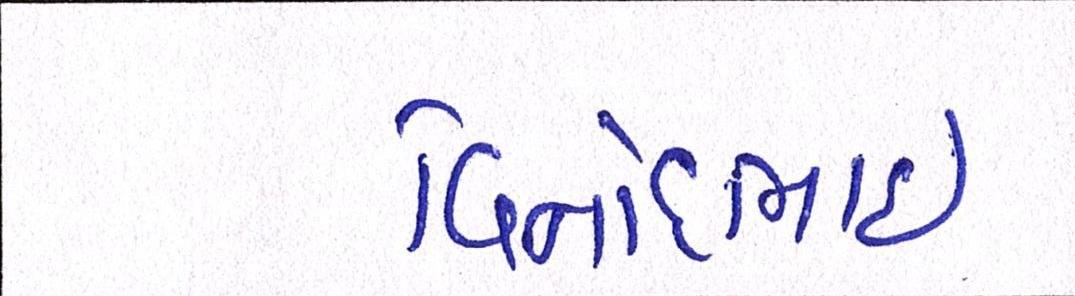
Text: વિનોદભાઈ